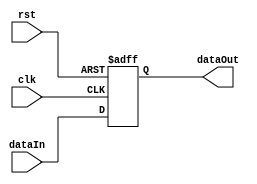
module aluReg(clk, rst, dataIn, dataOut);
  input clk, rst;
  input[15:0] dataIn;
  output reg[15:0] dataOut;
  
  always@(posedge clk, posedge rst) begin
    if(rst)
      dataOut <= 16'b0000000000000000;
    else
      dataOut <= dataIn;
  end
endmodule